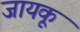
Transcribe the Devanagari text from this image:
जायकू